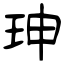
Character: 珅